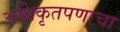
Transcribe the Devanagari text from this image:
अधिकृतपणाचा